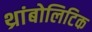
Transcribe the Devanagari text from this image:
थ्रांबोलिटिक